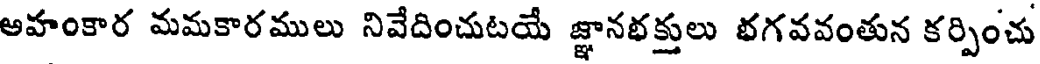
అహంకార మమకారములు నివేదించుటయే జ్ఞానభక్తులు భగవవంతున కర్పించు